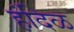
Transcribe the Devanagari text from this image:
हंदिळ